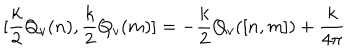
\lbrack \frac k 2 Q _ { v } ( n ) , \frac k 2 Q _ { v } ( m ) ] = - \frac k 2 Q _ { v } ( [ n , m ] ) + { \frac k { 4 \pi } }